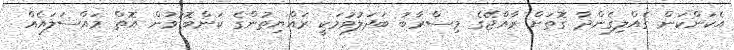
އެކަންކަން ގެއްލިގެންދާ ގޮތަށް ރާއްޖޭގެ މިސްރާބު ބަދަލުވުމަކީ ރައްޔިތުންގެ ކަންބޮޑުވުން އޮތް މައްސަލައެއް